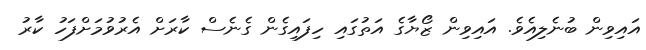
އައިވިން ބުނެލިއެވެ. އައިވިން ޒޯޔާގެ އަތުގައި ހިފައިގެން ގެނެސް ކާރަށް އެރުވުމަށްފަހު ކާރު